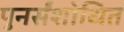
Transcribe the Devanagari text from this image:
पुनर्संशोधित